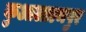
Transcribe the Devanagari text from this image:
कुआलाल्मपुर